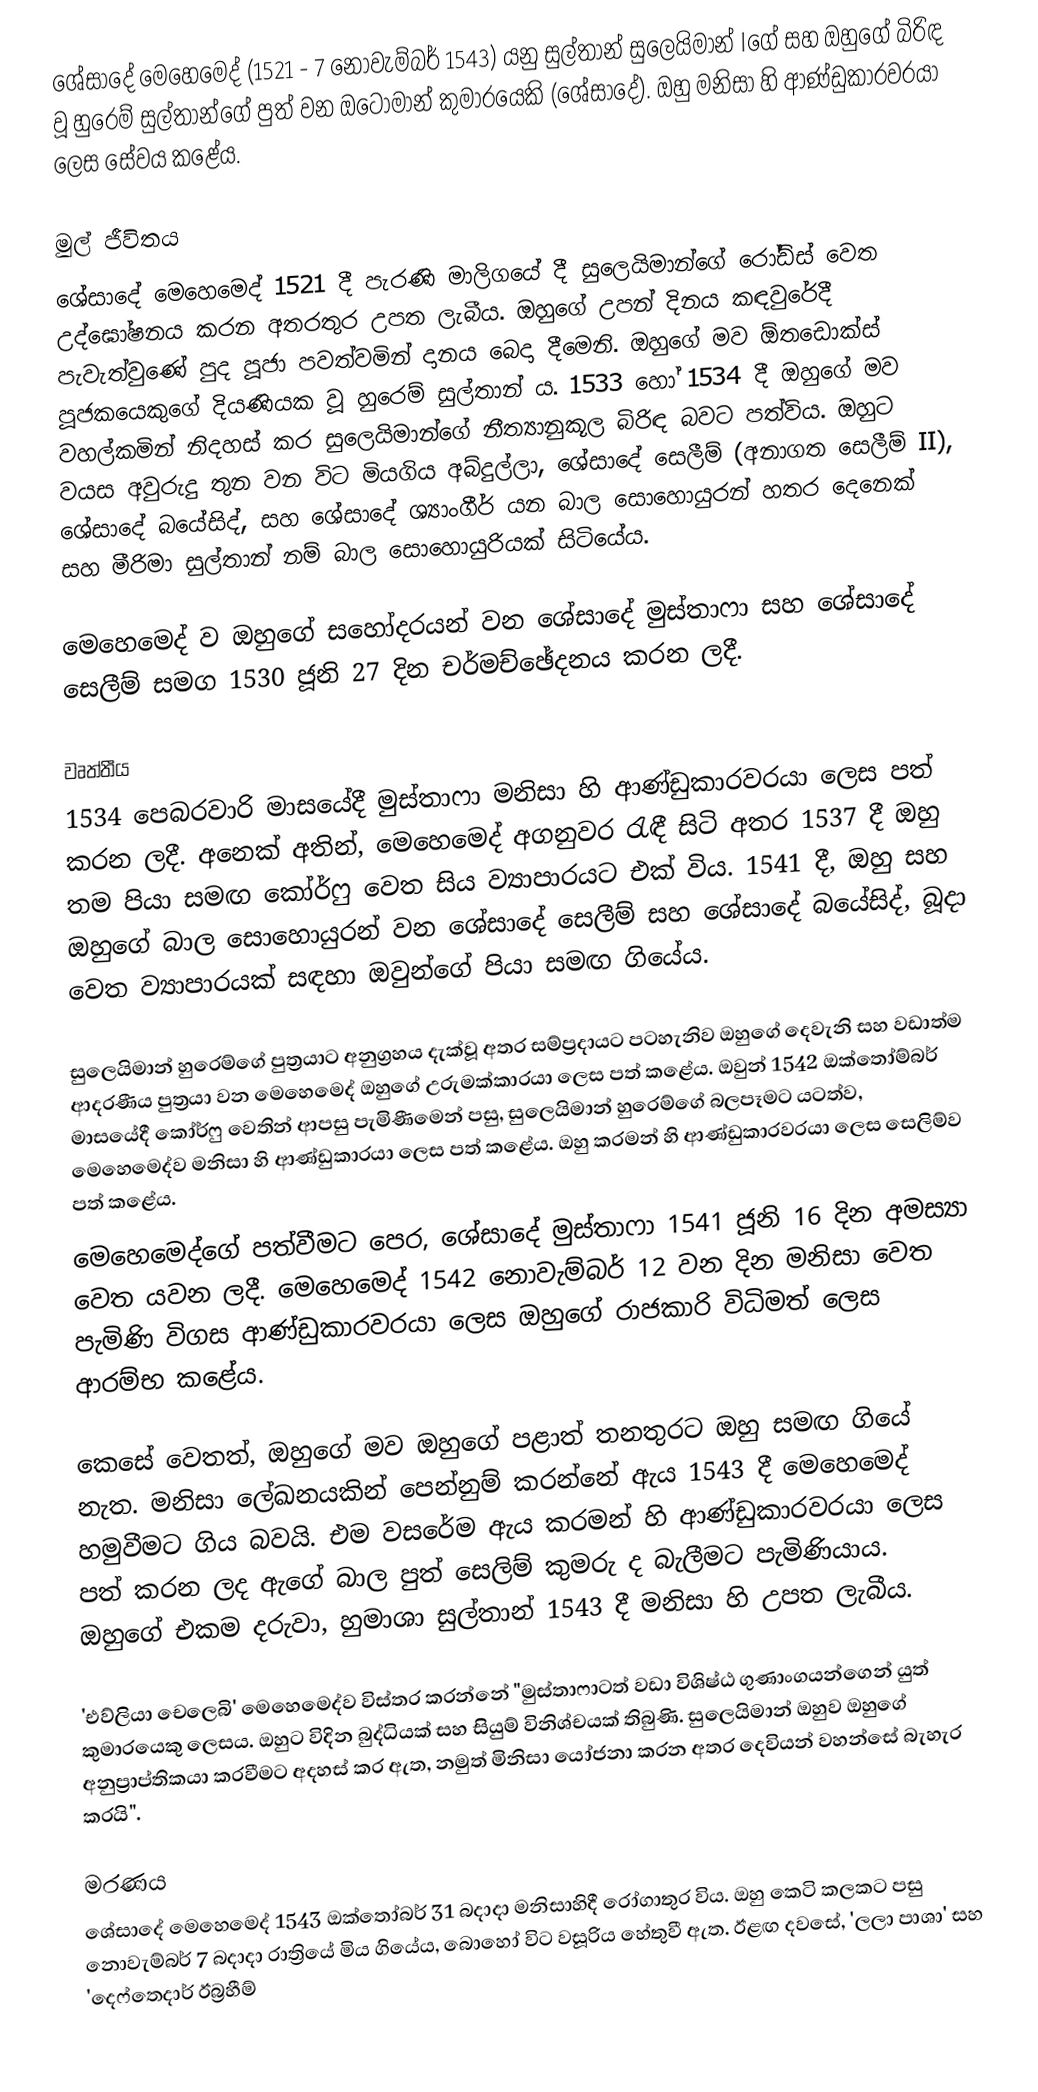
ශේසාදේ මෙහෙමෙද් (1521 - 7 නොවැම්බර් 1543) යනු සුල්තාන් සුලෙයිමාන් Iගේ සහ ඔහුගේ බිරිඳ වූ හුරෙම් සුල්තාන්ගේ පුත් වන ඔටෝමාන් කුමාරයෙකි (ශේසාදේ). ඔහු මනිසා හි ආණ්ඩුකාරවරයා ලෙස සේවය කළේය.

මුල් ජීවිතය
ශේසාදේ මෙහෙමෙද් 1521 දී පැරණි මාලිගයේ දී සුලෙයිමාන්ගේ රෝඩ්ස් වෙත උද්ඝෝෂනය කරන අතරතුර උපත ලැබීය. ඔහුගේ උපන් දිනය කඳවුරේදී පැවැත්වුණේ පුද පූජා පවත්වමින් දානය බෙදා දීමෙනි. ඔහුගේ මව ඕතඩොක්ස් පූජකයෙකුගේ දියණියක වූ හුරෙම් සුල්තාන් ය. 1533 හෝ 1534 දී ඔහුගේ මව වහල්කමින් නිදහස් කර සුලෙයිමාන්ගේ නීත්‍යානුකූල බිරිඳ බවට පත්විය. ඔහුට වයස අවුරුදු තුන වන විට මියගිය අබ්දුල්ලා, ශේසාදේ සෙලීම් (අනාගත සෙලීම් II), ශේසාදේ බයේසිද්, සහ ශේසාදේ ශ්‍යාංගීර් යන බාල සොහොයුරන් හතර දෙනෙක් සහ මීරිමා සුල්තාන් නම් බාල සොහොයුරියක් සිටියේය.

මෙහෙමෙද් ව ඔහුගේ සහෝදරයන් වන ශේසාදේ මුස්තාෆා සහ  ශේසාදේ සෙලීම් සමග 1530 ජූනි 27 දින චර්මච්ඡේදනය කරන ලදී.

වෘත්තීය
1534 පෙබරවාරි මාසයේදී මුස්තාෆා මනිසා හි ආණ්ඩුකාරවරයා ලෙස පත් කරන ලදී. අනෙක් අතින්, මෙහෙමෙද් අගනුවර රැඳී සිටි අතර 1537 දී ඔහු තම පියා සමඟ කෝර්ෆු වෙත සිය ව්‍යාපාරයට එක් විය. 1541 දී, ඔහු සහ ඔහුගේ බාල සොහොයුරන් වන ශේසාදේ සෙලීම් සහ ශේසාදේ බයේසිද්, බූදා වෙත ව්‍යාපාරයක් සඳහා ඔවුන්ගේ පියා සමඟ ගියේය.

සුලෙයිමාන් හුරෙම්ගේ පුත්‍රයාට අනුග්‍රහය දැක්වූ අතර සම්ප්‍රදායට පටහැනිව ඔහුගේ දෙවැනි සහ වඩාත්ම ආදරණීය පුත්‍රයා වන මෙහෙමෙද්  ඔහුගේ උරුමක්කාරයා ලෙස පත් කළේය. ඔවුන් 1542 ඔක්තෝම්බර් මාසයේදී කෝර්ෆු වෙතින් ආපසු පැමිණීමෙන් පසු, සුලෙයිමාන් හුරෙම්ගේ බලපෑමට යටත්ව, මෙහෙමෙද්ව මනිසා හි ආණ්ඩුකාරයා ලෙස පත් කළේය. ඔහු කරමන් හි ආණ්ඩුකාරවරයා ලෙස සෙලිම්ව පත් කළේය.
මෙහෙමෙද්ගේ පත්වීමට පෙර, ශේසාදේ මුස්තාෆා 1541 ජූනි 16 දින අමස්‍යා වෙත යවන ලදී. මෙහෙමෙද් 1542 නොවැම්බර් 12 වන දින මනිසා වෙත පැමිණි විගස ආණ්ඩුකාරවරයා ලෙස ඔහුගේ රාජකාරි විධිමත් ලෙස ආරම්භ කළේය.

කෙසේ වෙතත්, ඔහුගේ මව ඔහුගේ පළාත් තනතුරට ඔහු සමඟ ගියේ නැත. මනිසා ලේඛනයකින් පෙන්නුම් කරන්නේ ඇය 1543 දී මෙහෙමෙද් හමුවීමට ගිය බවයි. එම වසරේම ඇය කරමන් හි ආණ්ඩුකාරවරයා ලෙස පත් කරන ලද ඇගේ බාල පුත් සෙලිම් කුමරු ද බැලීමට පැමිණියාය. ඔහුගේ එකම දරුවා, හුමාශා සුල්තාන් 1543 දී මනිසා හි උපත ලැබීය.

'එව්ලියා චෙලෙබි' මෙහෙමෙද්ව විස්තර කරන්නේ "මුස්තාෆාටත් වඩා විශිෂ්ඨ ගුණාංගයන්ගෙන් යුත් කුමාරයෙකු ලෙසය. ඔහුට විදින බුද්ධියක් සහ සියුම් විනිශ්චයක් තිබුණි. සුලෙයිමාන් ඔහුව ඔහුගේ අනුප්‍රාප්තිකයා කරවීමට අදහස් කර ඇත, නමුත් මිනිසා යෝජනා කරන අතර දෙවියන් වහන්සේ බැහැර කරයි".

මරණය
ශේසාදේ මෙහෙමෙද් 1543 ඔක්තෝබර් 31 බදාදා මනිසාහිදී රෝගාතුර විය. ඔහු කෙටි කලකට පසු නොවැම්බර් 7 බදාදා රාත්‍රියේ මිය ගියේය, බොහෝ විට වසූරිය හේතුවී ඇත. ඊළඟ දවසේ, 'ලලා පාශා' සහ 'දෙෆ්තෙදාර් ඊබ්‍රහීම්